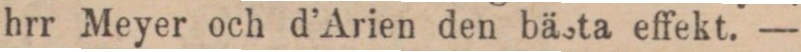
hrr Meyer och d’Arien den bästa effekt. —